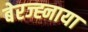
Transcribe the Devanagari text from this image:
बेरज्ह्नाया